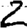
Digit: 2